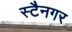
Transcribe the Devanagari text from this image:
स्टैनगर